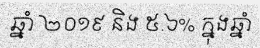
ឆ្នាំ ២០១៩ និង ៥.៦% ក្នុងឆ្នាំ